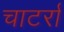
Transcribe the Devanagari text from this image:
चाटर्रा